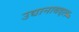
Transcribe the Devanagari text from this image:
उद्यानाबद्दल